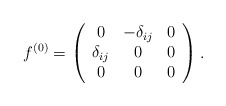
\begin{align*}f^{(0)} = \left(\begin{array}{ccc}0 & -\delta_{ij} & 0 \\\delta_{ij} & 0 & 0 \\0 & 0 & 0\end{array}\right).\end{align*}